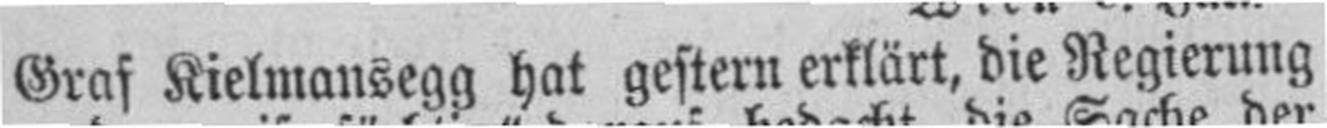
Graf Kielmansegg hat gestern erklärt, die Regierung